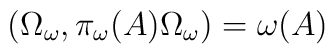
\left( \Omega _{\omega },\pi _{\omega }(A)\Omega _{\omega }\right) =\omega(A)